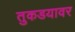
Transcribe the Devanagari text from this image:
तुकडयावर